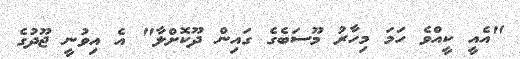
"އެއީ ކީއްވެ ހަމަ މިހާރު މޫސަބެގެ ގައިން ދޫކޮށްލާ" އެ އިވުނީ ޖޫދުގެ